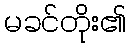
မခင်တိုး၏